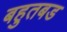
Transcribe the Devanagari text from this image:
बहुतबड